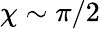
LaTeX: \chi\sim\pi/2